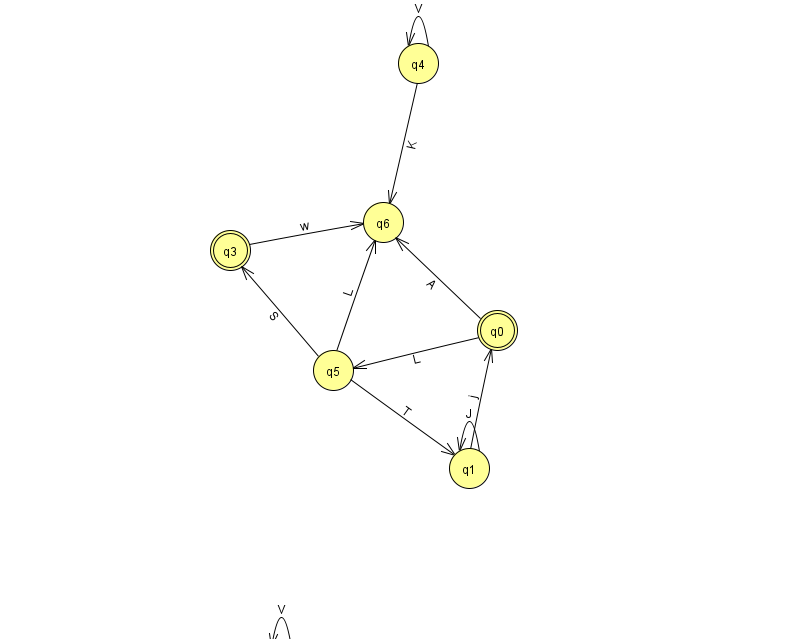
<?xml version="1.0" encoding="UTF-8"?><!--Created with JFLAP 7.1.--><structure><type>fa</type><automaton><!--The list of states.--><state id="0" name="q0"><x>497.0</x><y>317.0</y><final/></state><state id="1" name="q1"><x>469.0</x><y>455.0</y></state><state id="2" name="q2"><x>281.0</x><y>651.0</y><initial/></state><state id="3" name="q3"><x>230.0</x><y>237.0</y><final/></state><state id="4" name="q4"><x>418.0</x><y>50.0</y></state><state id="5" name="q5"><x>333.0</x><y>357.0</y></state><state id="6" name="q6"><x>383.0</x><y>209.0</y></state><!--The list of transitions.--><transition><from>5</from><to>1</to><read>T</read></transition><transition><from>5</from><to>3</to><read>S</read></transition><transition><from>1</from><to>0</to><read>j</read></transition><transition><from>3</from><to>6</to><read>w</read></transition><transition><from>0</from><to>5</to><read>L</read></transition><transition><from>2</from><to>2</to><read>V</read></transition><transition><from>4</from><to>4</to><read>V</read></transition><transition><from>4</from><to>6</to><read>K</read></transition><transition><from>0</from><to>6</to><read>A</read></transition><transition><from>1</from><to>1</to><read>J</read></transition><transition><from>5</from><to>6</to><read>L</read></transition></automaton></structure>